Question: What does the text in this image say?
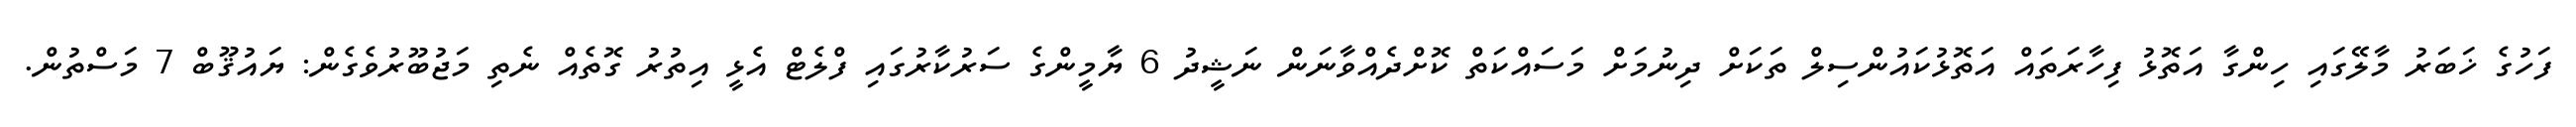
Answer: ފަހުގެ ޚަބަރު މާލޭގައި ހިންގާ އަތޮޅު ފިހާރަތައް އަތޮޅުކައުންސިލް ތަކަށް ދިނުމަށް މަސައްކަތް ކޮށްދެއްވާނަން ނަޝީދު 6 ޔާމީންގެ ސަރުކާރުގައި ފްލެޓް އެޅީ އިތުރު ގޮތެއް ނެތި މަޖުބޫރުވެގެން: ޔައުޤޫބް 7 މަސްތުން.